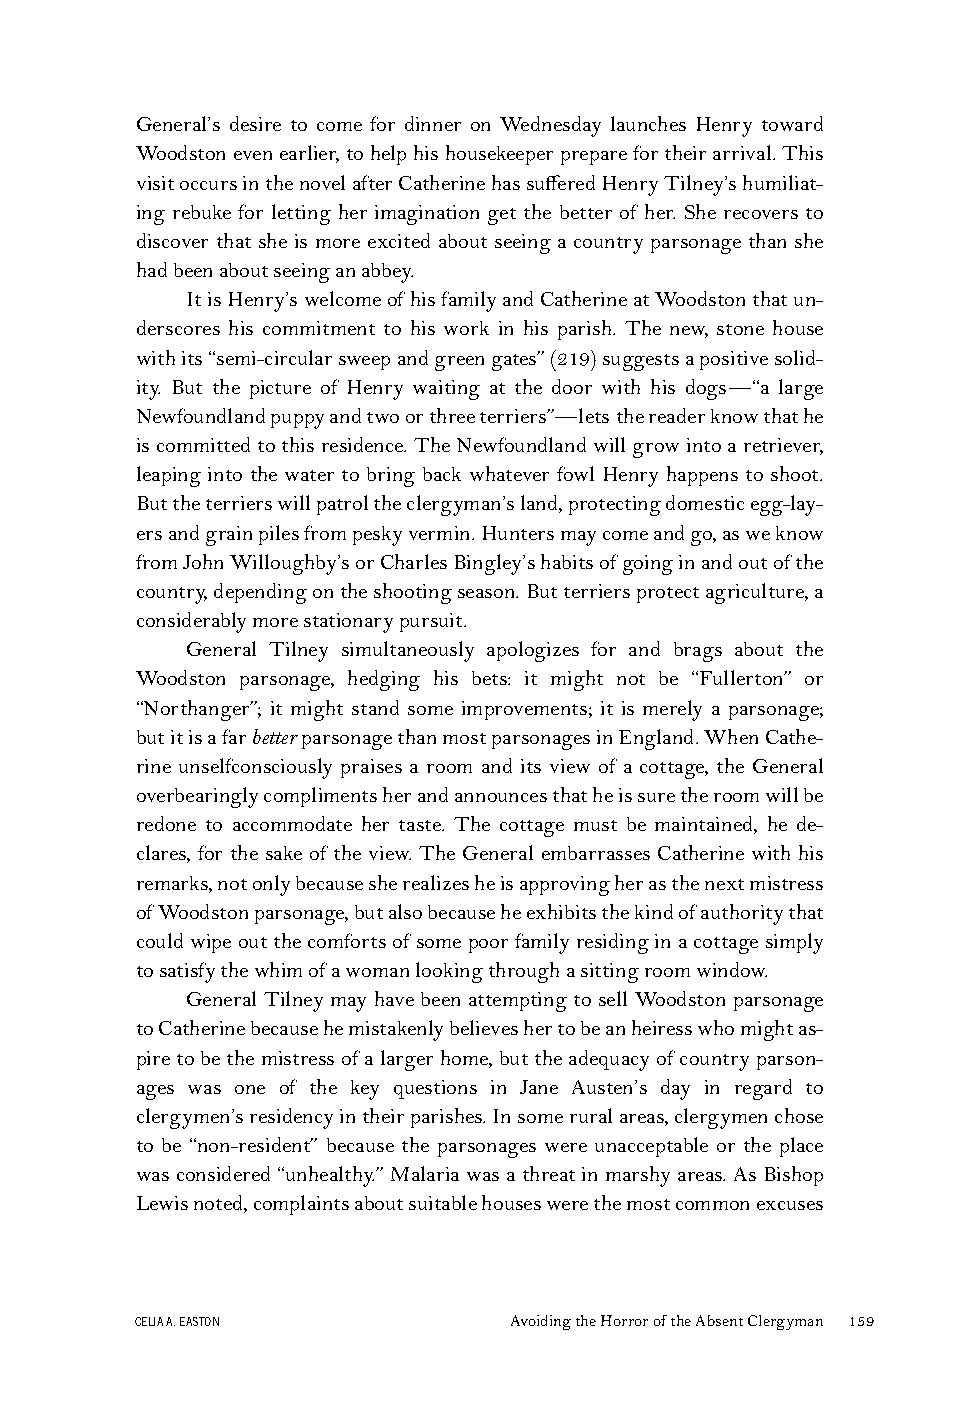
General’s desire to come for dinner on Wednesday launches Henry toward
 Woodstonevenearlier,tohelphishousekeeperpreparefortheirarrival.This
 visitoccursinthenovelafterCatherinehassufferedHenryTilney’shumiliat-
 ing rebuke for letting her imagination get the better of her. She recovers to
 discover that she is more excited about seeing a country parsonage than she
 hadbeenaboutseeinganabbey.
 ItisHenry’swelcomeof hisfamilyandCatherineatWoodstonthatun-
 derscores his commitment to his work in his parish. The new, stone house
 withits“semi-circularsweepandgreengates”(219)suggestsapositivesolid-
 ity. But the picture of Henry waiting at the door with his dogs—“a large
 Newfoundlandpuppyandtwoorthreeterriers”—lets thereaderknowthathe
 iscommittedtothisresidence.TheNewfoundlandwillgrowintoaretriever,
 leaping into the water to bring back whatever fowl Henry happens to shoot.
 Buttheterrierswillpatroltheclergyman’sland,protectingdomesticegg-lay-
 ersandgrainpilesfrompeskyvermin.Huntersmaycomeandgo,asweknow
 fromJohnWilloughby’sorCharlesBingley’shabitsofgoinginandoutofthe
 country,dependingontheshootingseason.Butterriersprotectagriculture,a
 considerablymorestationarypursuit.
 General Tilney simultaneously apologizes for and brags about the
 Woodston parsonage, hedging his bets: it might not be “Fullerton” or
 “Northanger”; it might stand some improvements; it is merely a parsonage;
 butitisafarbetterparsonagethanmostparsonagesinEngland.WhenCathe-
 rine unselfconsciously praises a room and its view of a cottage, the General
 overbearinglycomplimentsherandannouncesthatheissuretheroomwillbe
 redone to accommodate her taste. The cottage must be maintained, he de-
 clares, for the sake of the view. The General embarrasses Catherine with his
 remarks,notonlybecausesherealizesheisapprovingherasthenextmistress
 ofWoodstonparsonage,butalsobecauseheexhibitsthekindofauthoritythat
 couldwipeoutthecomfortsof somepoorfamilyresidinginacottagesimply
 tosatisfythewhimofawomanlookingthroughasittingroomwindow.
 General Tilney may have been attempting to sell Woodston parsonage
 toCatherinebecausehemistakenlybelieveshertobeanheiresswhomightas-
 piretobethemistressof alargerhome,buttheadequacyof countryparson-
 ages was one of the key questions in Jane Austen’s day in regard to
 clergymen’sresidencyintheirparishes.Insomeruralareas,clergymenchose
 to be “non-resident” because the parsonages were unacceptable or the place
 wasconsidered“unhealthy.” Malariawasathreatinmarshyareas.AsBishop
 Lewisnoted,complaintsaboutsuitablehouseswerethemostcommonexcuses
 CELIAA.EASTON            AvoidingtheHorroroftheAbsentClergyman 159